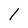
Character: l